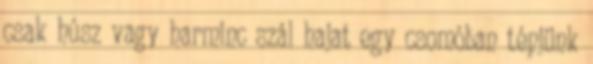
csak húsz vagy harminc szál hajat egy csomóban tépjünk